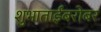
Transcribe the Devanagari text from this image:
शुभाताईंबरोबर